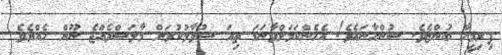
ފިރިމީހާ ބުންޏެވެ. ސުންހާނައެވެ! އެހެންކަމަށްވާނަމަ ތިއަ ސުވާލުކުރަން މާލަސްވެއްޖެ ނޫން ހެއްޔެވެ